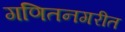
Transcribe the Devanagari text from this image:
गणितनगरीत